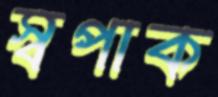
স্বপাক